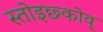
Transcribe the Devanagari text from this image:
स्तोइछ्कोव्